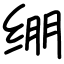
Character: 绷